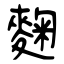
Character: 麴